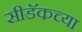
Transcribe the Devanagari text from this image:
सीडॅकच्या